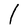
Character: I